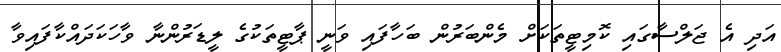
އަދި އެ ޖަލްސާގައި ކޮމިޓީތަކަށް މެންބަރުން ބަހާފައި ވަނީ ޕާޓީތަކުގެ ލީޑަރުންނާ ވާހަކަދައްކާފައިވާ